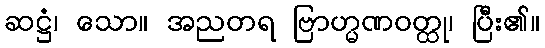
ဆဋ္ဌံ၊ သော။ အညတရ ဗြာဟ္မဏဝတ္ထု၊ ပြီး၏။